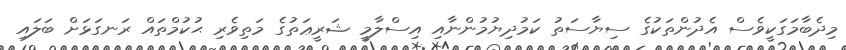
މިދެބާމަގަކީވެސް އެދުންތަކުގެ ސިޔާސަތު ކަމުދިޔުމުންނާއި އިސްލާމީ ޝަރީޢަތުގެ މަތިވެރި ޙުކުމްތައް ރަނގަޅަށް ބަލައި